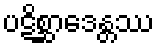
ပဋိစ္ဆာဒေန္တဿ